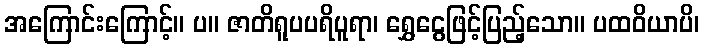
အကြောင်းကြောင့်။ ပ။ ဇာတိရူပပရိပူရာ၊ ရွှေငွေဖြင့်ပြည့်သော။ ပထဝိယာပိ၊